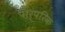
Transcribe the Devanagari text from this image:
पार्ंपरिक